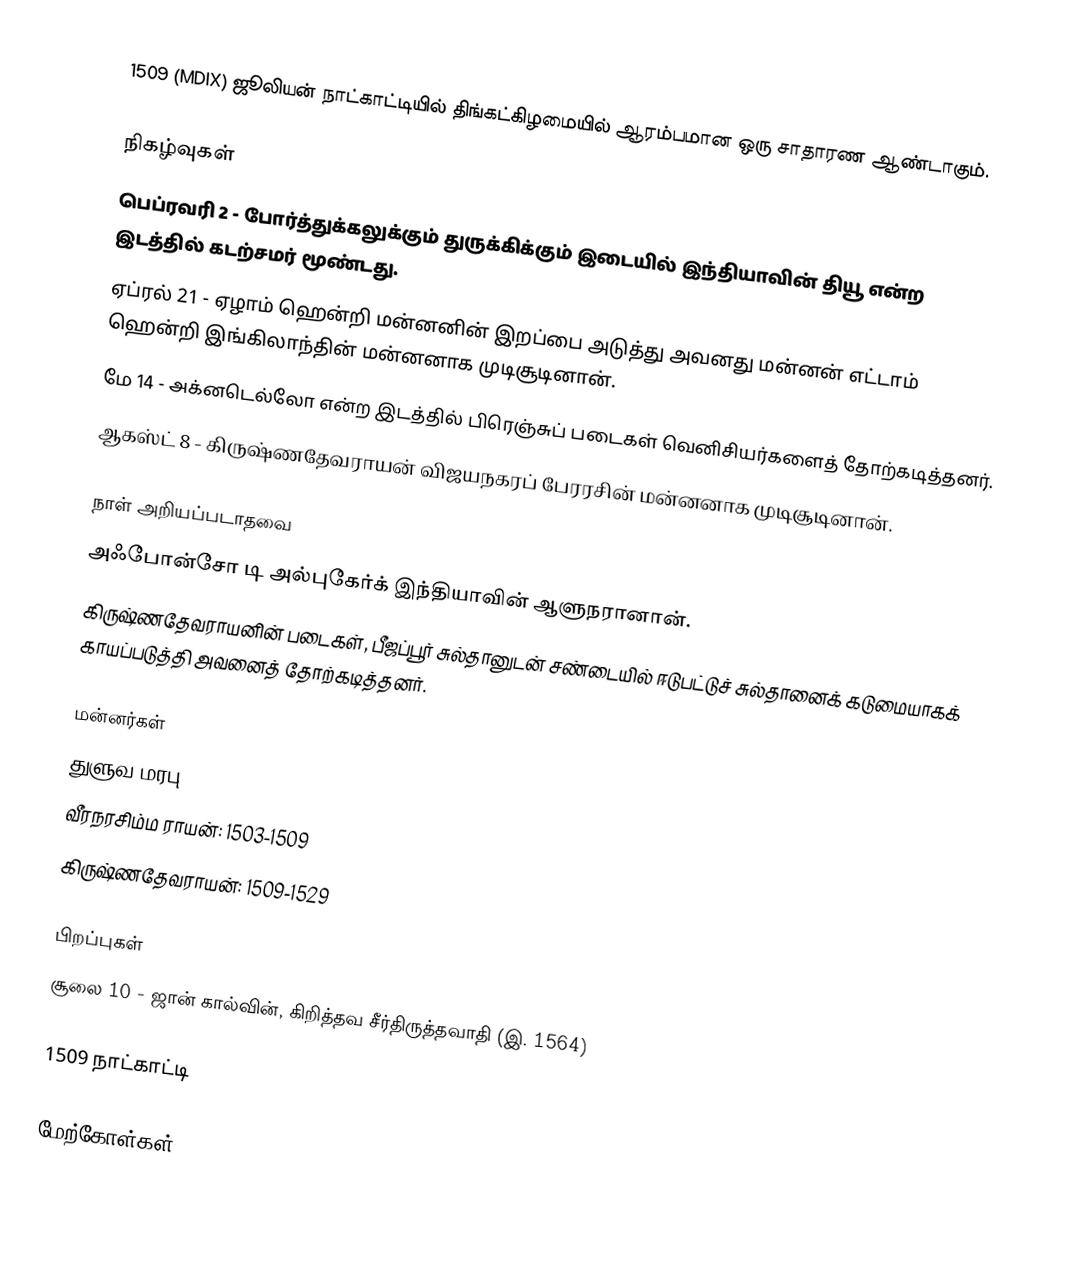
1509 (MDIX) ஜூலியன் நாட்காட்டியில் திங்கட்கிழமையில் ஆரம்பமான ஒரு சாதாரண ஆண்டாகும்.

நிகழ்வுகள்
 பெப்ரவரி 2 - போர்த்துக்கலுக்கும் துருக்கிக்கும் இடையில் இந்தியாவின் தியூ என்ற இடத்தில் கடற்சமர் மூண்டது.
 ஏப்ரல் 21 - ஏழாம் ஹென்றி மன்னனின் இறப்பை அடுத்து அவனது மன்னன் எட்டாம் ஹென்றி இங்கிலாந்தின் மன்னனாக முடிசூடினான்.
 மே 14 - அக்னடெல்லோ என்ற இடத்தில் பிரெஞ்சுப் படைகள் வெனிசியர்களைத் தோற்கடித்தனர்.
 ஆகஸ்ட் 8 - கிருஷ்ணதேவராயன் விஜயநகரப் பேரரசின் மன்னனாக முடிசூடினான்.

நாள் அறியப்படாதவை
 அஃபோன்சோ டி அல்புகேர்க் இந்தியாவின் ஆளுநரானான்.
 கிருஷ்ணதேவராயனின் படைகள், பீஜப்பூர் சுல்தானுடன் சண்டையில் ஈடுபட்டுச் சுல்தானைக் கடுமையாகக் காயப்படுத்தி அவனைத் தோற்கடித்தனர்.

மன்னர்கள்
 துளுவ மரபு
வீரநரசிம்ம ராயன்: 1503-1509
கிருஷ்ணதேவராயன்: 1509-1529

பிறப்புகள்
சூலை 10 - ஜான் கால்வின், கிறித்தவ சீர்திருத்தவாதி (இ. 1564)

1509 நாட்காட்டி

மேற்கோள்கள்